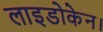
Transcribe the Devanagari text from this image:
लाइडोकेन।